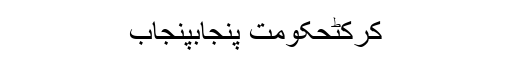
کرکٹحکومت پنجابپنجاب